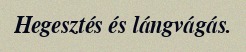
Hegesztés és lángvágás.